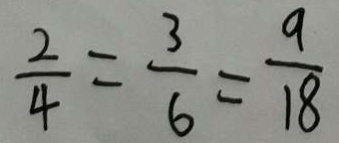
\frac { 2 } { 4 } = \frac { 3 } { 6 } = \frac { 9 } { 1 8 }